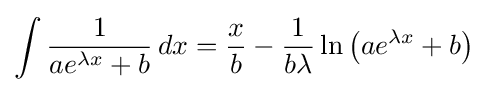
\int {\frac {1}{ae^{\lambda x}+b}}\,dx={\frac {x}{b}}-{\frac {1}{b\lambda }}\ln \left(ae^{\lambda x}+b\right)